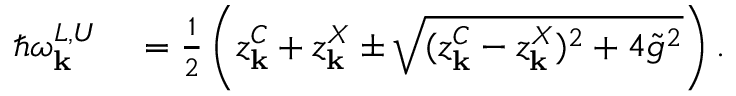
\begin{array} { r l } { \hbar \omega _ { \bf k } ^ { L , U } } & { { } = \frac { 1 } { 2 } \left( z _ { \bf k } ^ { C } + z _ { \bf k } ^ { X } \pm \sqrt { ( z _ { \bf k } ^ { C } - z _ { \bf k } ^ { X } ) ^ { 2 } + 4 \tilde { g } ^ { 2 } } \right) . } \end{array}